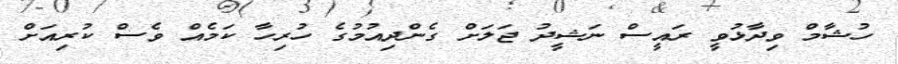
ހުޝާމް ވިދާޅުވީ ރައީސް ނަޝީދު ޖަލަށް ގެންދިއުމުގެ ހުރިހާ ކަމެއް ވެސް ކުރިއަށް